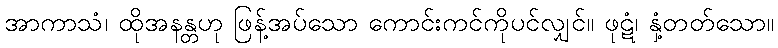
အာကာသံ၊ ထိုအနန္တဟု ဖြန့်အပ်သော ကောင်းကင်ကိုပင်လျှင်။ ဖုဋံ၊ နှံ့တတ်သော။